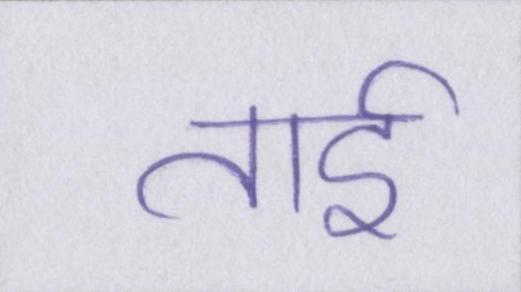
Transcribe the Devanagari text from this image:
ताई